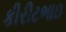
કીરીટભાઇ